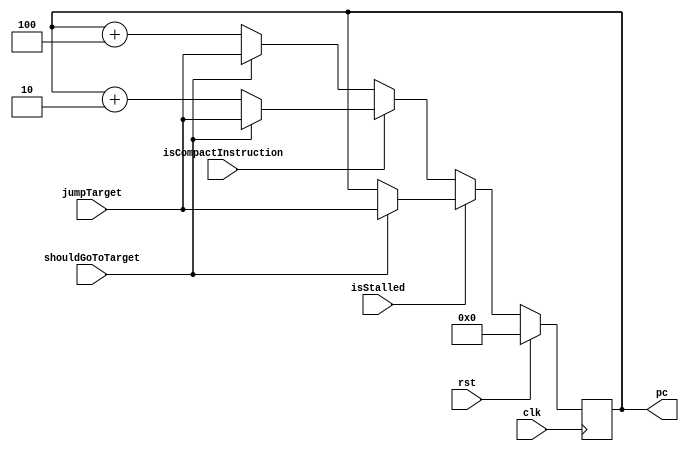
module ProgramCounter(
  input clk,
  input rst,
  input isStalled,
  input isCompactInstruction,
  input shouldGoToTarget,
  input [31:0] jumpTarget,
  output reg [31:0] pc
);
initial begin
  pc = 0;
end

always @(posedge clk) begin
  if (!isStalled) begin
    if (isCompactInstruction) begin
      pc <= (shouldGoToTarget) ? jumpTarget : pc + 2;
    end
    else begin
      pc <= (shouldGoToTarget) ? jumpTarget : pc + 4;
    end
  end
  else begin
    pc <= (shouldGoToTarget) ? jumpTarget : pc;
  end

  if (rst) begin
    pc <= 0;
  end
end 
endmodule